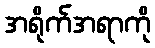
အရိုက်အရာကို